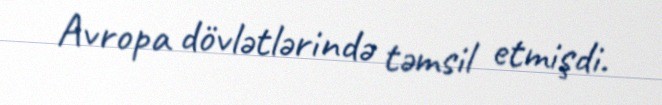
Avropa dövlətlərində təmsil etmişdi.